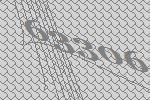
63306